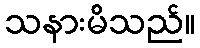
သနားမိသည်။